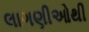
લાગણીઓથી